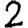
Digit: 2